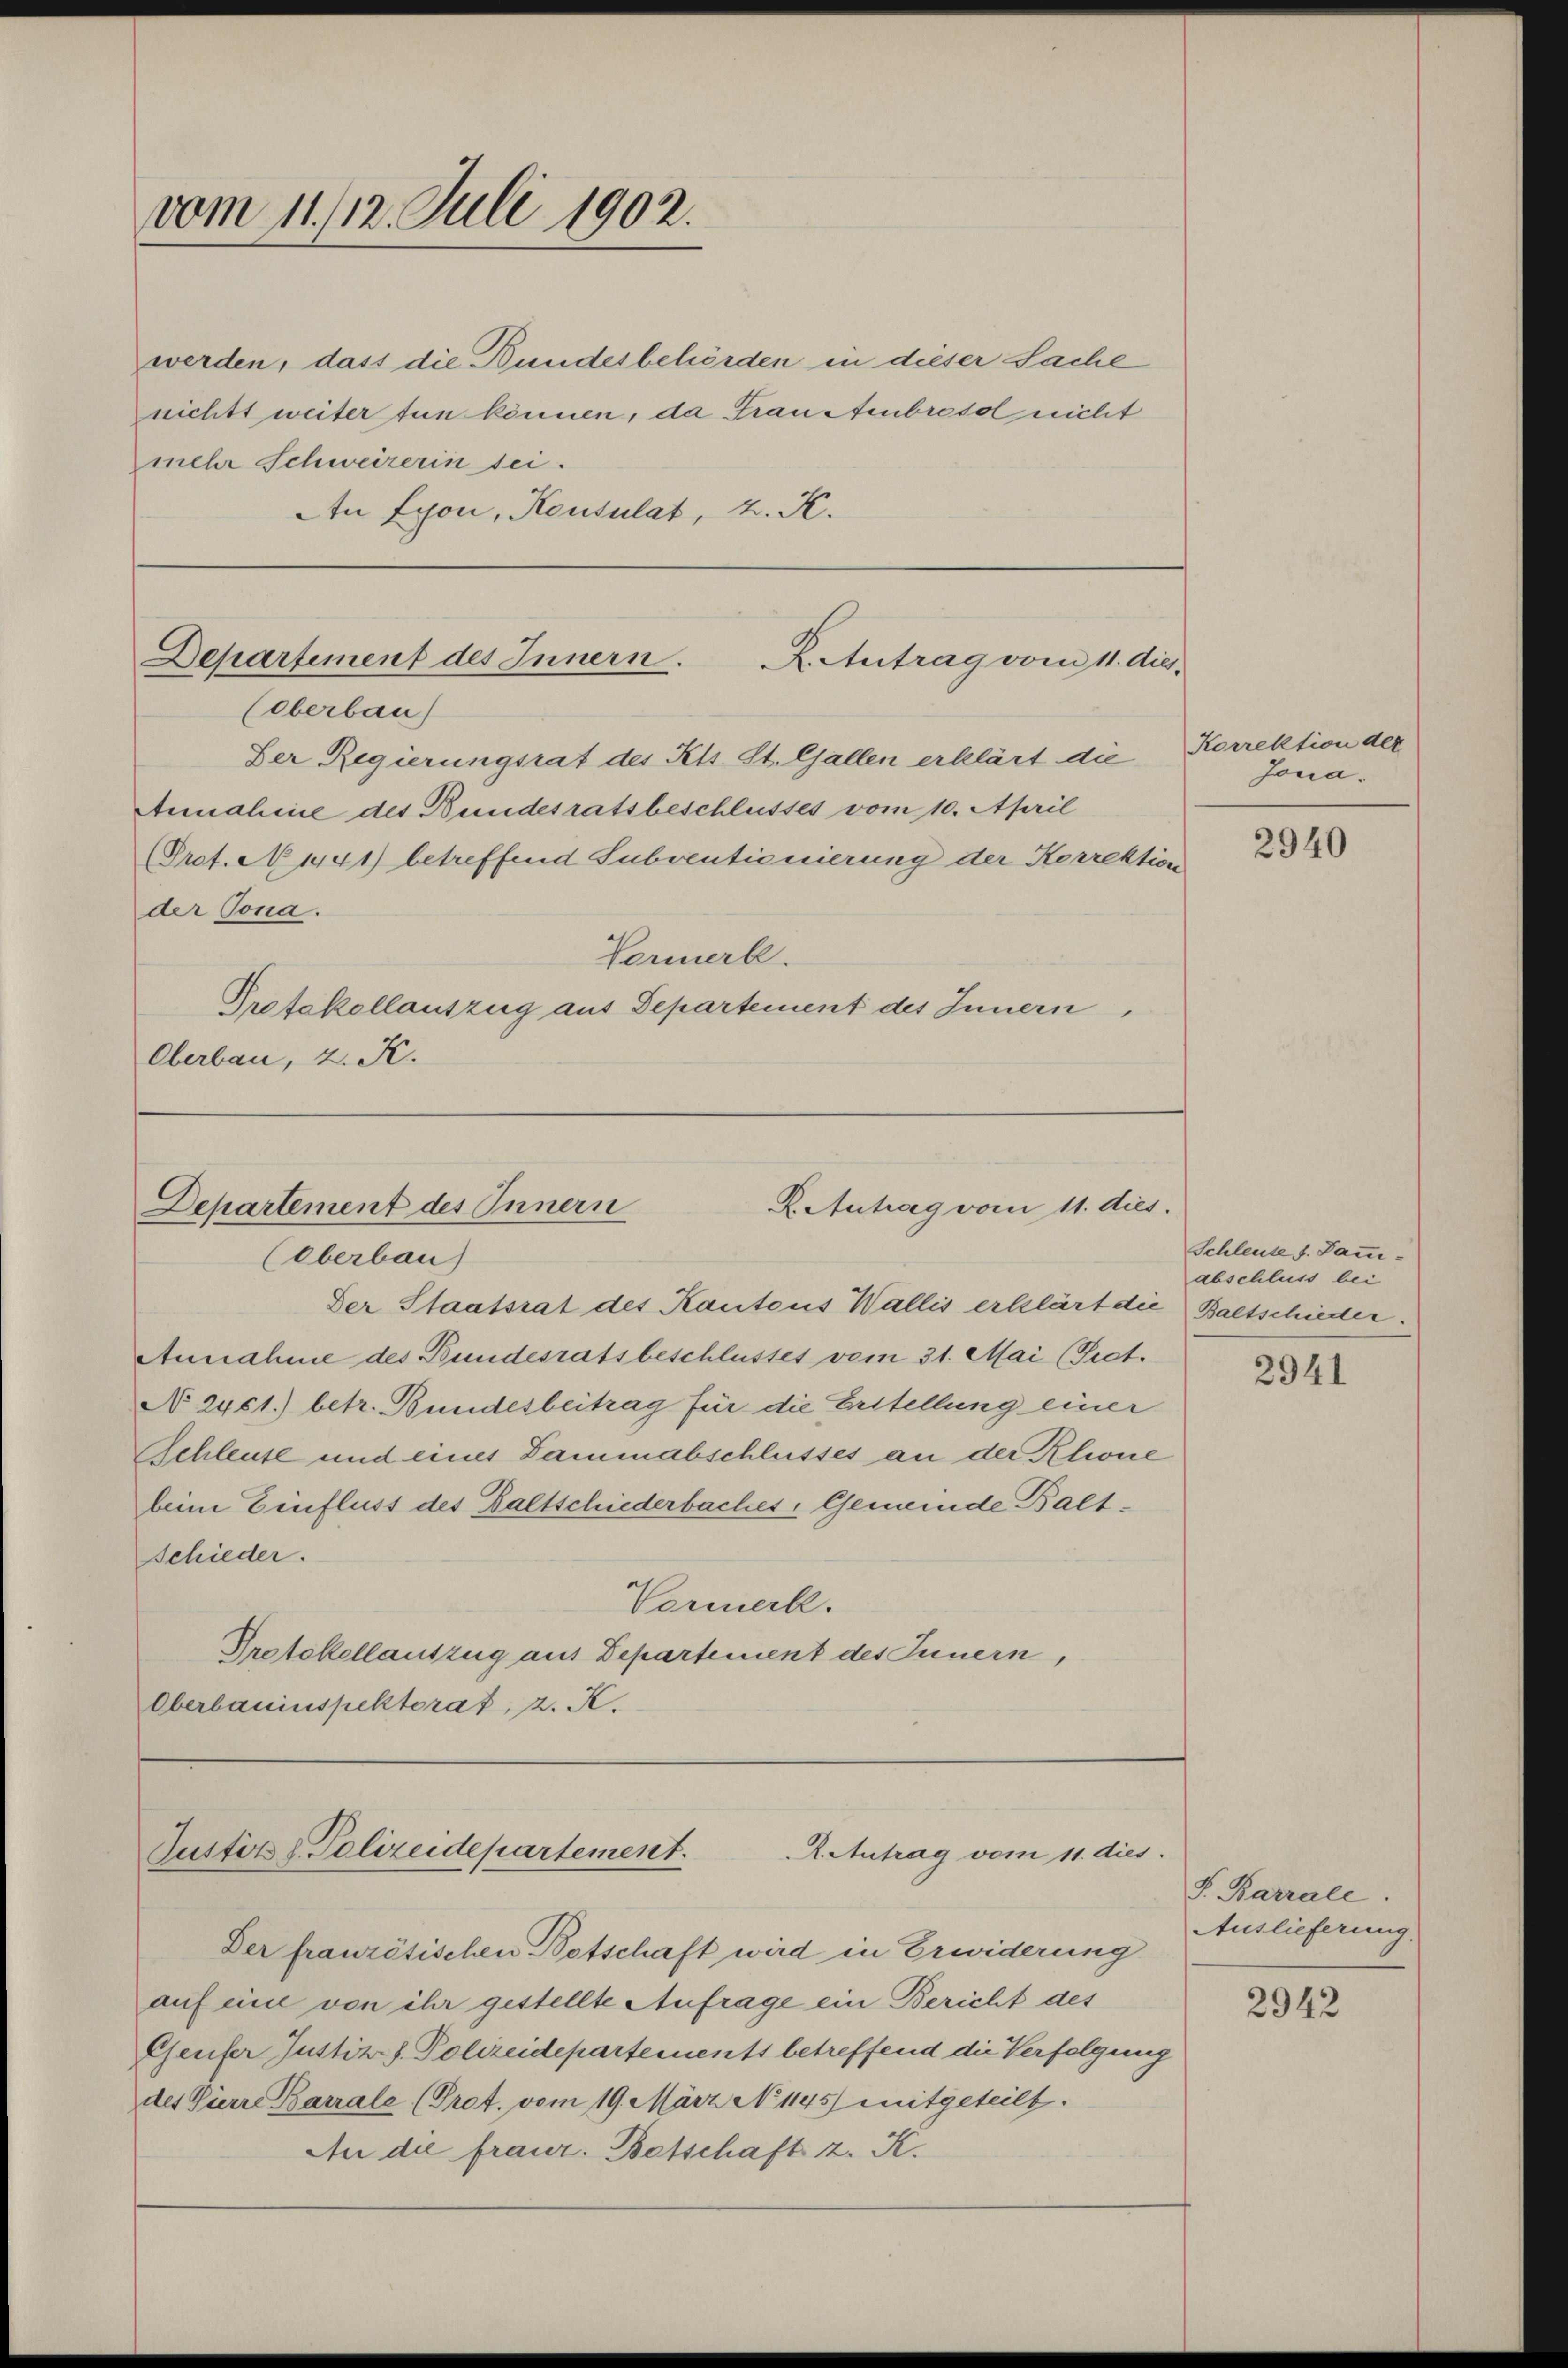
vom 11./12. Juli 1902.

werden, dass die Bundesbehörden in dieser Sache
nichts weiter tun können, da Franstenbreso nicht
mehr Schweizerin sei.
An Lyon, Keusulat, K. K.

Departement des Innern.
K.Antrag vom 11. die
(Oberbau
Der Regierungsrat des Kts. St. Gallen erklärt die Korrektion der
Annahme des Bundesratsbeschlusses vom 10. April

(Prof. No 1441) betreffend Subventionierung der Korrektion
der Tona.
Vormerk.

Oberbau, 2. K.

Protokollauszug aus Departement des Innern,

Departement des Innern
K. Antrag vom 11. dies
(Oberbau

Justiz & Polizeidepartement.
R. Antrag vom 11. dies

Der Staatsrat des Kantons Wallis erklärt die Baltschieder.
Annahme des Bundesratsbeschlusses vom 31. Mai (Pect.
No. 2451.) betr. Bundesbeitrag für die Erstellung einer
Schleuse und eines Dammabschlusses an der Klione
beim Einfluss des Baltschiederbaches Gemeinde Balt¬
Schieder.
Vormerk.
Protokollauszug aus Departement des Innern,
Oberbauinspektorat, 2. A.

Der französischen Botschaft wird in Erwiderung
auf eine von ihr gestellte Aufrage ein Bericht des
Geufer Justiz-J. Polizeidepartements betreffend die Verfolgung
des Vierre Barrale (Prot. vom 19. März No. 1145) mitgeteilt.
An die frauer. Betschaft z. K.

Jona.

2940

Schleuse f. Sammabschluss bei

2941

F. Barrale.
Auslieferung.

2942